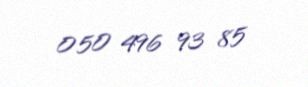
050 496 93 85